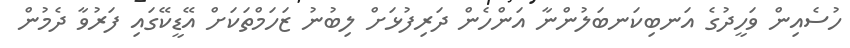
ހުސެއިން ވަހީދުގެ އަނބިކަނބަލުންނާ އަންހެން ދަރިފުޅަށް ލިބުނު ޒަހަމްތަކަށް އޭޑީކޭގައި ފަރުވާ ދެމުން